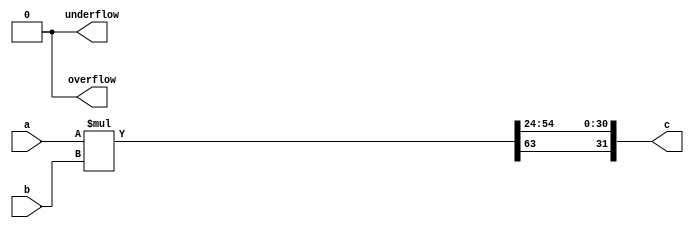
module fixed_mult
(
    // input
    a,
    b,
    // output
    c,
    overflow,
    underflow
);

parameter WL = 32;
parameter IWL = 7;

// input
input wire signed [WL-1:0] a;
input wire signed [WL-1:0] b;

// output
output wire signed [WL-1:0] c;
output wire overflow;
output wire underflow;

assign overflow = 1'b0;
assign underflow = 1'b0;

// internal
//wire signed [2*WL-1:0] ext_a;
//wire signed [2*WL-1:0] ext_b;
//wire signed [2*WL-1:0] ext_result;
wire signed [2*WL-1:0] result;

/*
wire [2*(WL-1)-1:0] result;
wire sign;
wire overflow;

assign result = a[WL-2:0] * b[WL-2:0];
assign sign = a[WL-1]^b[WL-1];

assign c = {sign,result[IWL+2*(WL-IWL-1)-1-:WL-1]};

assign overflow = (result[2*(WL-1)-1:IWL+2*(WL-IWL)] > 'b0) ? 1'b1 : 1'b0;

*/

//assign ext_a = $signed(a);
//assign ext_b = $signed(b);

//assign ext_result = ext_a*ext_b;

assign result = a*b;

//assign c = result[IWL+1+2*(WL-IWL-1)-1-:WL];
assign c = {result[2*WL-1],result[IWL+2*(WL-IWL-1)-1-:(WL-1)]};

endmodule